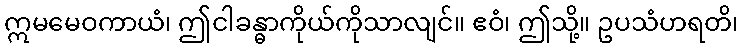
ဣမမေဝကာယံ၊ ဤငါခန္ဓာကိုယ်ကိုသာလျင်။ ဧဝံ၊ ဤသို့။ ဥပသံဟရတိ၊